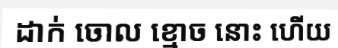
ដាក់ ចោល ខ្មោច នោះ ហើយ